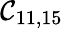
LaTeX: \mathcal{C}_{11,15}